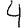
Digit: 4